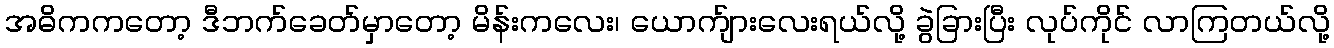
အဓိကကတော့ ဒီဘက်ခေတ်မှာတော့ မိန်းကလေး၊ ယောက်ျားလေးရယ်လို့ ခွဲခြားပြီး လုပ်ကိုင် လာကြတယ်လို့